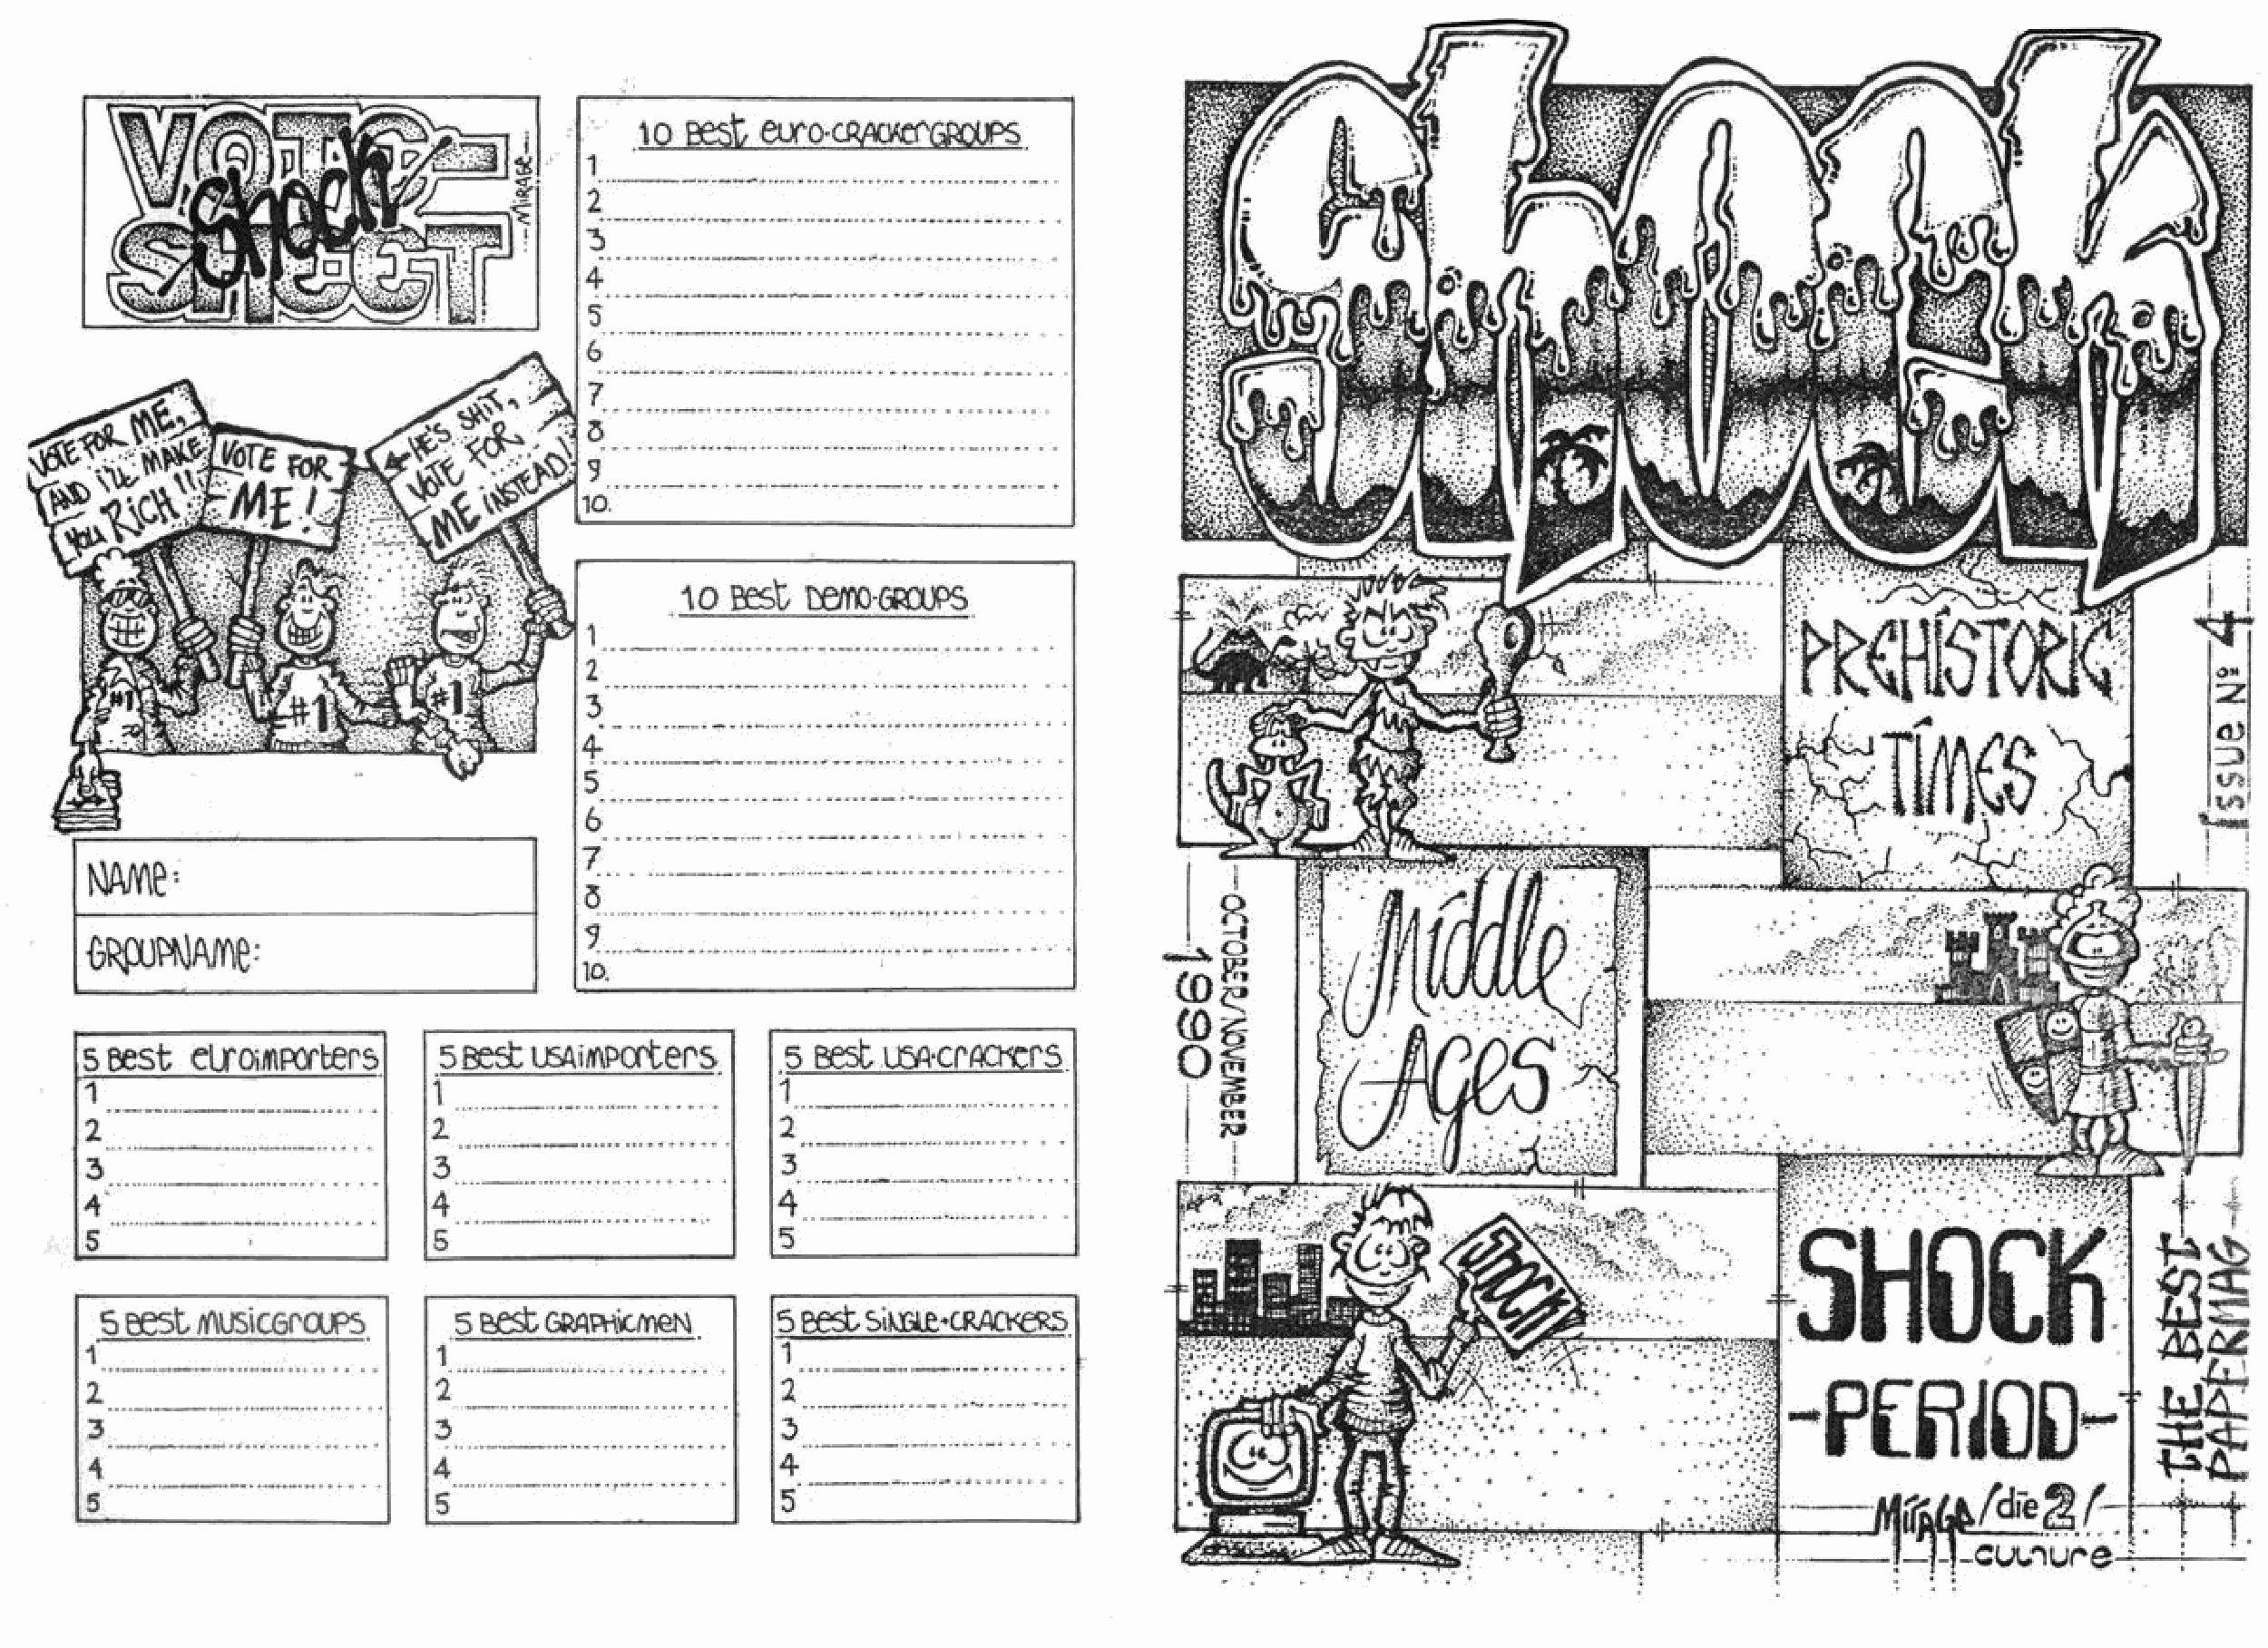
•
 .
 . .
 . , -
 .
 ..
 .
 '.
 ..... -.-..... .. _.- ............. .
 -        __   '-".-
 _            _
 .. ..._ ... .. _., .. . ..................
 -   -
 ..... ..              .... ... ... -.
 -'-~-'-'--.-.-'
 •
 I  ,
 ~
 .-
 .. ...
 _.- .
 -.---_._ ...... .................
 -
 ,               ,
 ..
 .
 ,.'
 _._
 ....     .. _---.-. _ . ............. .
 _-_
 _
 .... ..  ....  ... ............. . .
 -.,-- -
 -,          ,
 .
 -_'.-",-."""'--"
 ,
 sreS;  u:.Ai.rroterS     .5 eet
 ,   ----_            .    ,         __
 __
 ,  ,._-_._--_                 -_.... .. .          1 , _--. _. _ _.. •....... -
 ......    .. ...   ........... .   ..          ...
 ,
 --.---
 3 _.. __ .•.......•.. _. .    ...       ...
 , 4        --_ ..... .. . 4       -_ ............. . 4 .- _-~ _. .. _. ___._ .. .... .
 5                        5
 ,                         ,
 ,5 er:.t ..1YJSi~.        ,
 .. _---_ _. .. _ _ ...... .
 _-_
 ,          ..             ,
 .... ...
 ,        _        -  ,.
 ......... .   -
 ._....._. --._   ....  . .... ............ .
 ,                             _--_   .....
 .....    4 .....  ...
 _
 5